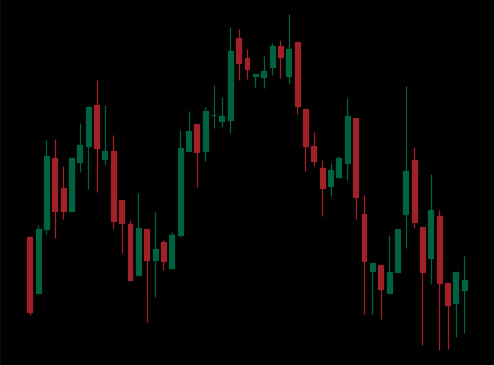
Pattern: head_shoulders